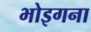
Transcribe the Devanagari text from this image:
भोइगना